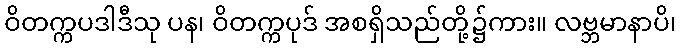
ဝိတက္ကပဒါဒီသု ပန၊ ဝိတက္ကပုဒ် အစရှိသည်တို့၌ကား။ လဗ္ဘမာနာပိ၊